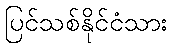
ပြင်သစ်နိုင်ငံသား